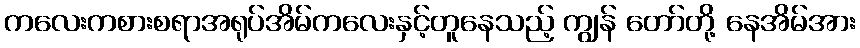
ကလေးကစားစရာအရုပ်အိမ်ကလေးနှင့်တူနေသည့် ကျွန် တော်တို့ နေအိမ်အား